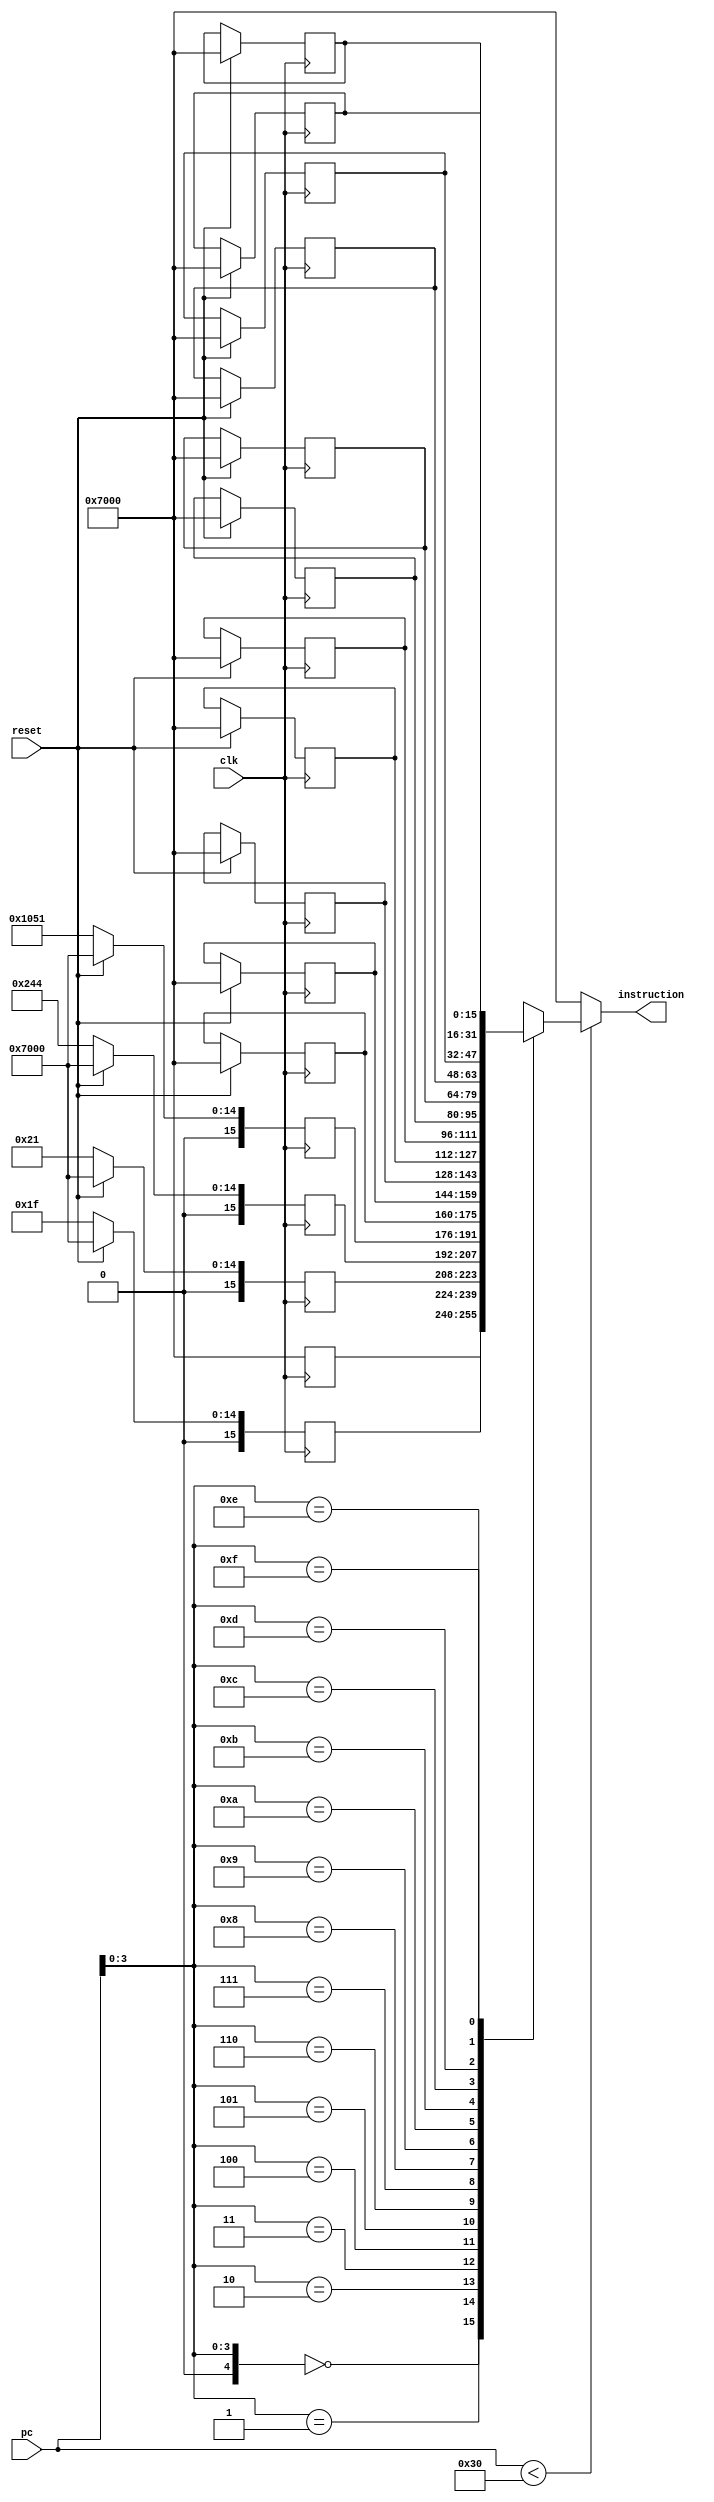
// Verilog code for instruction memory
 module instr_mem          // a synthesisable rom implementation
 (
    input   [15:0]  pc,
    input clk, reset,
    output wire [15:0]  instruction
 );
    wire [3:0] rom_addr = pc[3:0];

/*
    ADDI $R0, $R0, 7;
    ADDI $R1, $R1, 4;
    Loop: 
        ADD $R0, $R1, $R2;
        NDU $R0, $R1, $R3;
        ADDI $R1, $R1, 1;
        JAL $R4, -4;

 */
    reg [15:0] rom [16:0];
    integer i;
    

    assign instruction = (pc[15:0] < 48) ? rom[rom_addr]: 16'b0111000000000000;

    always @(posedge clk)
		begin
			if(reset== 1'b1)
				begin
					for(i=0;i<16;i=i+1) rom[i] = 16'b0111000000000000; // nop
				end
            else begin
                rom[0] = 16'b0111000000000000;
                rom[1] = 16'b0000000000011111; // ADDI $R0, $R0, 31;
                rom[2] = 16'b0000000000100001; // ADDI $R0, $R0, -31;
                rom[3] = 16'b0000001001000100; // ADDI $R1, $R1, 4;
                rom[4] = 16'b0001000001010001; // ADDZ $R0, $R1, $R2;
                // rom[5] = 16'b0011000100000000; // LHI $R0, #100000000;
                // rom[6] = 16'b0010100101011000; // NDU $R4, $R5, $R3;
                // rom[7] = 16'b0001000000000000; // ADD $R0, $R0, $R0;
                // rom[8] = 16'b0001001010000010; // ADDC $R1, $R2, $R0;
                // rom[2] = 16'b0101000001000000; // SW $R0, $R1, 0;
                // rom[3] = 16'b0101000001000001; // SW $R0, $R1, 1;
                // rom[4] = 16'b0101000001000100; // SW $R0, $R1, 4;
                // rom[5] = 16'b1110010000000000; // LA $R2;
                // rom[6] = 16'b1111000000000000; // SA $R0;
                // rom[5] = 16'b1100010010100000; // LM $R2, 010100000;
                // rom[6] = 16'b1101010010001010; // SM $R2, 010001010;
                // rom[4] = 16'b0100010001000000; // LW $R2, $R1, 0;
                


                // rom[3] = 16'b0001000000000000; // ADD $R0, $R0, $R0;
                // rom[4] = 16'b0010000010011000; // NDU $R0, $R1, $R3;
                // rom[5] = 16'b0000001001000001; // ADDI $R1, $R1, 1;
                // rom[6] = 16'b0000000000000001; // ADDI $R0, $R0, 1;
                // rom[7] = 16'b1011100000000011; // JRI $R4, 3;

            end

        end		
endmodule